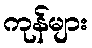
ကုန်များ